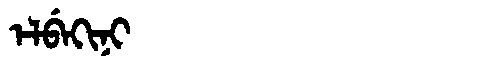
Manchu: ᡝᠯᠪᡝᡴᡳᠨᡳ
Romanization: ELBEKINI